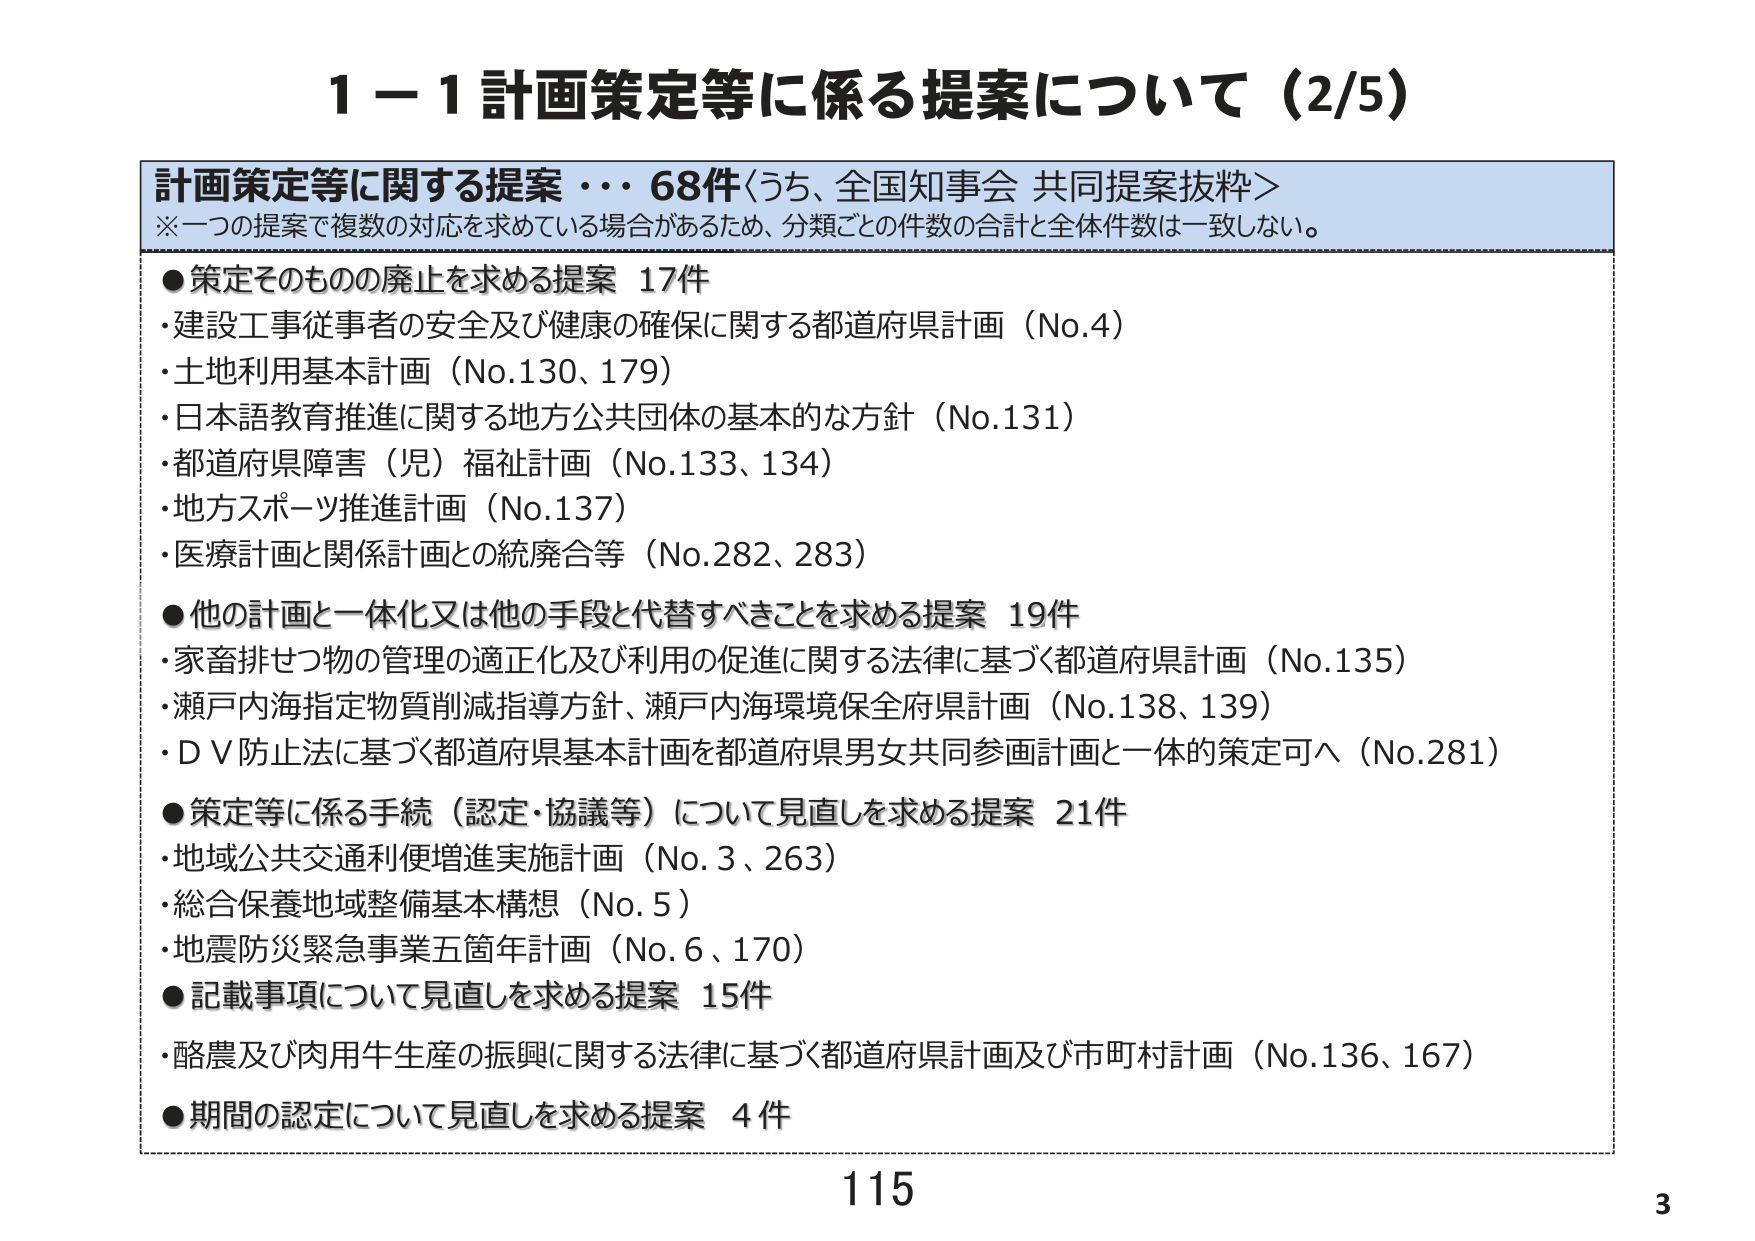
1－1 計画策定等に係る提案について（2/5）

計画策定等に関する提案・・・68件〈うち、全国知事会 共同提案抜粋〉
※一つの提案で複数の対応を求めている場合があるため、分類ごとの件数の合計と全体件数は一致しない。

●策定そのものの廃止を求める提案 17件
・建設工事従事者の安全及び健康の確保に関する都道府県計画（No.4）
・土地利用基本計画（No.130、179）
・日本語教育推進に関する地方公共団体の基本的な方針（No.131）
・都道府県障害（児）福祉計画（No.133、134）
・地方スポーツ推進計画（No.137）
・医療計画と関係計画との統廃合等（No.282、283）

●他の計画と一体化又は他の手段と代替すべきことを求める提案 19件
・家畜排せつ物の管理の適正化及び利用の促進に関する法律に基づく都道府県計画（No.135）
・瀬戸内海指定物質削減指導方針、瀬戸内海環境保全府県計画（No.138、139）
・ＤＶ防止法に基づく都道府県基本計画を都道府県男女共同参画計画と一体的策定可へ（No.281）

●策定等に係る手続（認定・協議等）について見直しを求める提案 21件
・地域公共交通利便増進実施計画（No.3、263）
・総合保養地域整備基本構想（No.5）
・地震防災緊急事業五箇年計画（No.6、170）

●記載事項について見直しを求める提案 15件
・酪農及び肉用牛生産の振興に関する法律に基づく都道府県計画及び市町村計画（No.136、167）

●期間の認定について見直しを求める提案 4件

115
3